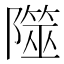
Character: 𨼹